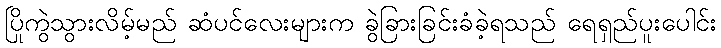
ပြိုကွဲသွားလိမ့်မည် ဆံပင်လေးများက ခွဲခြားခြင်းခံခဲ့ရသည် ရေရှည်ပူးပေါင်း